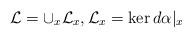
LaTeX: \begin{align*}\mathcal L=\cup_x \mathcal L_x, \mathcal L_x=\ker d\alpha\vert_x\end{align*}